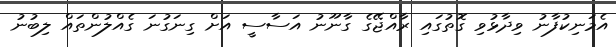
އެމަނިކުފާނު ވިދާޅުވި ގޮތުގައި ރާއްޖޭގެ ގާނޫނު އަސާސީ އަށް ގިނަގުނަ ގެއްލުންތައް ލިބުނު